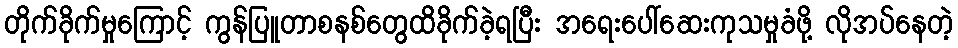
တိုက်ခိုက်မှုကြောင့် ကွန်ပြူတာစနစ်တွေထိခိုက်ခဲ့ရပြီး အရေးပေါ်ဆေးကုသမှုခံဖို့ လိုအပ်နေတဲ့